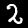
Label: 2